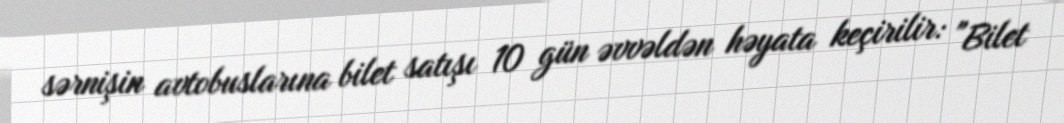
sərnişin avtobuslarına bilet satışı 10 gün əvvəldən həyata keçirilir: "Bilet